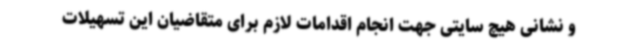
و نشانی هیچ سایتی جهت انجام اقدامات لازم برای متقاضیان این تسهیلات